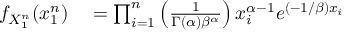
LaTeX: \begin{array} { r l } { f _ { X _ { 1 } ^ { n } } ( x _ { 1 } ^ { n } ) } & { { } = \prod _ { i = 1 } ^ { n } \left( { \frac { 1 } { \Gamma ( \alpha ) \beta ^ { \alpha } } } \right) x _ { i } ^ { \alpha - 1 } e ^ { ( - 1 / \beta ) x _ { i } } } \end{array}